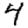
Digit: 4